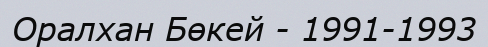
Оралхан Бөкей - 1991-1993